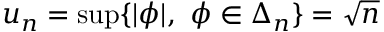
u _ { n } = \operatorname* { s u p } \{ | \phi | , \ \phi \in \Delta _ { n } \} = \sqrt n